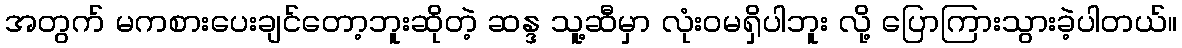
အတွက် မကစားပေးချင်တော့ဘူးဆိုတဲ့ ဆန္ဒ သူ့ဆီမှာ လုံးဝမရှိပါဘူး လို့ ပြောကြားသွားခဲ့ပါတယ်။